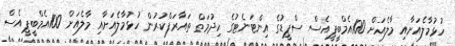
ހުޅުމާލެއަށާއި މާލެއަށް 100އެމްބީޕީއެސް ސްޕީޑުގެ އިންޓަނެޓުގެ ހިދުމަތް ތައާރަފްކުރުން ހުޅުމާލެއަށާއި މާލެއަށް 100އެމްބީޕީއެސް